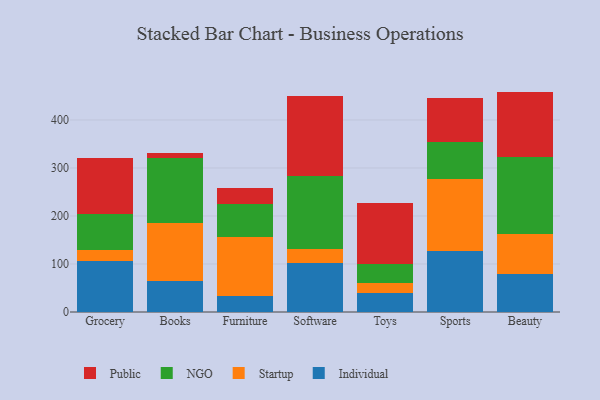
{"axis": {"x": "Category", "y": "Shipments"}, "legend": ["Individual", "NGO", "Public", "Startup"], "data": [{"x": "Grocery", "y": 107.0, "type": "Individual"}, {"x": "Grocery", "y": 22.9, "type": "Startup"}, {"x": "Grocery", "y": 74.1, "type": "NGO"}, {"x": "Grocery", "y": 117.7, "type": "Public"}, {"x": "Books", "y": 65.2, "type": "Individual"}, {"x": "Books", "y": 119.6, "type": "Startup"}, {"x": "Books", "y": 136.9, "type": "NGO"}, {"x": "Books", "y": 8.8, "type": "Public"}, {"x": "Furniture", "y": 33.1, "type": "Individual"}, {"x": "Furniture", "y": 124.0, "type": "Startup"}, {"x": "Furniture", "y": 68.1, "type": "NGO"}, {"x": "Furniture", "y": 34.1, "type": "Public"}, {"x": "Software", "y": 101.4, "type": "Individual"}, {"x": "Software", "y": 30.6, "type": "Startup"}, {"x": "Software", "y": 152.2, "type": "NGO"}, {"x": "Software", "y": 166.1, "type": "Public"}, {"x": "Toys", "y": 39.0, "type": "Individual"}, {"x": "Toys", "y": 20.6, "type": "Startup"}, {"x": "Toys", "y": 39.9, "type": "NGO"}, {"x": "Toys", "y": 126.8, "type": "Public"}, {"x": "Sports", "y": 127.9, "type": "Individual"}, {"x": "Sports", "y": 149.2, "type": "Startup"}, {"x": "Sports", "y": 76.4, "type": "NGO"}, {"x": "Sports", "y": 91.9, "type": "Public"}, {"x": "Beauty", "y": 79.6, "type": "Individual"}, {"x": "Beauty", "y": 82.6, "type": "Startup"}, {"x": "Beauty", "y": 160.5, "type": "NGO"}, {"x": "Beauty", "y": 136.5, "type": "Public"}]}